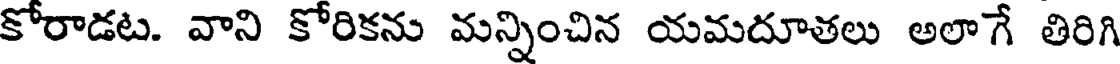
కోరాడట. వాని కోరికను మన్నించిన యమదూతలు అలాగే తిరిగి